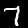
Label: 7